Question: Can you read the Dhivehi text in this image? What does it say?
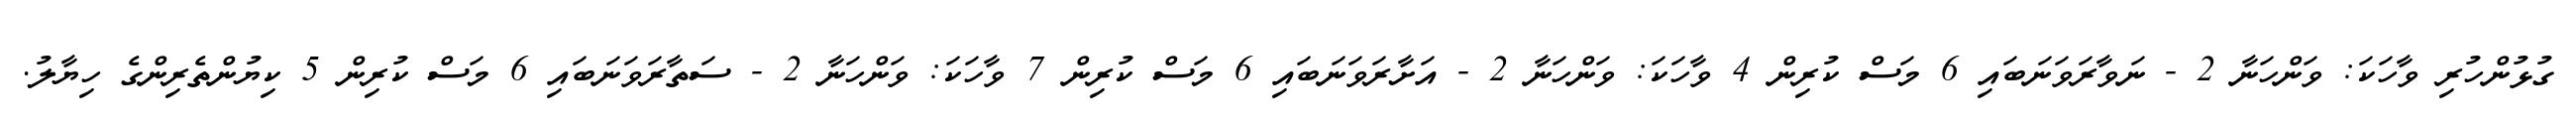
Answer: ގުޅުންހުރި ވާހަކަ: ވަންހަނާ 2 - ނަވާރަވަނަބައި 6 މަސް ކުރިން 4 ވާހަކަ: ވަންހަނާ 2 - އަށާރަވަނަބައި 6 މަސް ކުރިން 7 ވާހަކަ: ވަންހަނާ 2 - ސަތާރަވަނަބައި 6 މަސް ކުރިން 5 ކިޔުންތެރިންގެ ހިޔާލު.